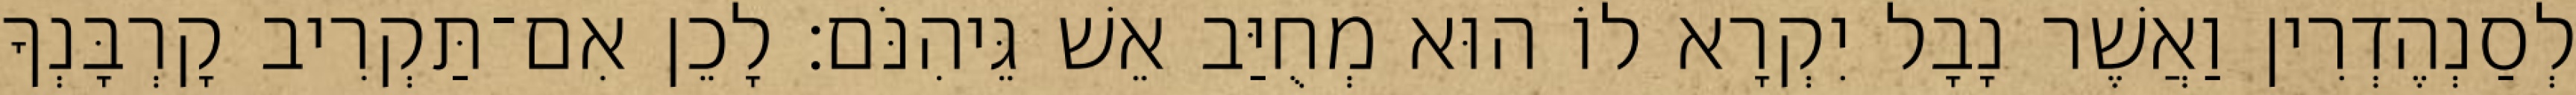
לְסַנְהֶדְרִין וַאֲשֶׁר נָבָל יִקְרָא לוֹ הוּא מְחֻיַּב אֵשׁ גֵּיהִנֹּם׃ לָכֵן אִם־תַּקְרִיב קָרְבָּנְךָ